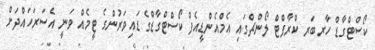
ކޯސްޓްގާޑް ހާރބަރ ކްރާފްޓް ލޯންޗްގައި އެމްއެންޑީއެފް ކޯސްޓްގާޑްގެ ޑައިވަރުންގެ ޓީމެއް ވަނީ އެސަރަހައްދަށް